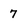
Character: 7